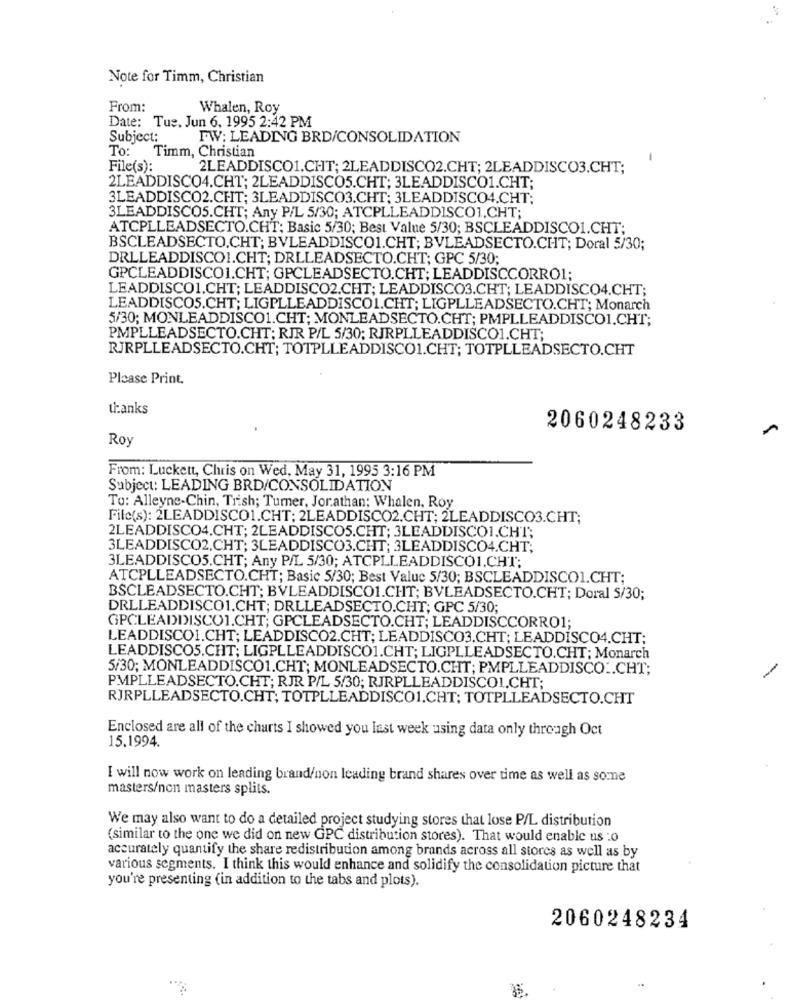
Note for Timm, Christian
From:
Whalen, Roy
Date: Tue. Jun 6, 1995 2:42 PM
Subject:
FW: LEADING BRD/CONSOLIDATION
To
Timm, Christian
-
File(s):
2LEADDISCO1.CHT; 2LEADDISCO2.CHT; 2LEADDISCO3.CHT;
2LEADDISCO4.CHT; 2LEADDISCO5.CHT; 3LEADDISCO1.CHT;
3LEADDISCO2.CHT; 3LEADDISCO3.CHT; 3LEADDISCO4.CHT;
3LEADDISCOS.CHT; Any P/L 5/30; ATCPLLEADDISCO1.CHT;
ATCPLLEADSECTO.CHT; Basic 5/30; Best Value 5/30; BSCLEADDISCO1.CHT;
BSCLEADSECTO.CHT; BVLEADDISCO1.CHT; BVLEADSECTO.CHT; Doral 5/30;
DRLLEADDISCO1.CHT; DRLLEADSECTO.CHT; GPC 5/30;
GPCLEADDISCO1.CHT; GPCLEADSECTO.CHT; LEADDISCCORRO1;
LEADDISCO1.CHT; LEADDISCO2.CHT; LEADDISCO3.CHT; LEADDISCO4.CHT;
LEADDISCOS.CHT; LIGPLLEADDISCO1.CHT; LIGPLLEADSECTO.CHT; Monarch
5/30; MONLEADDISCO1.CHT; MONLEADSECTO.CHT; PMPLLEADDISCO1.CHT;
PMPLLEADSECTO.CHT; RJR P/L 5/30; RJRPLLEADDISCO1.CHT;
RJRPLLEADSECTO.CHT; TOTPLLEADDISCO1.CHT; TOTPLLEADSECTO.CHT
Please Print.
thanks
2060248233
Roy
From: Luckett, Chris on Wed, May 31, 1995 3:16 PM
Subject: LEADING BRD/CONSOLIDATION
To: Alleyne-Chin, Trish; Turner, Jor.athan; Whalen. Roy
File(s): 2LEADDISCO1.CHT; 2LEADDISCO2.CHT; 2LEADDISCO3.CHT;
2LEADDISCO4.CHT; 2LEADDISCOS.CHT; 3LEADDISCOI.CHT;
3LEADDISCO2,CHT; 3LEADDISCO3.CHT; 3LEADDISCO4.CHT;
3LEADDISCOS.CHT; Any P/L 5/30; ATCPLLEADDISCO1.CHT;
ATCPLLEADSECTO.CHT; Basic 5/30; Best Value 5/30; BSCLEADDISCO1.CHT;
BSCLEADSECTO.CHT; BVLEADDISCO1.CHT; BVLEADSECTO.CHT; Doral 5/30;
DRLLEADDISCO1.CHT; DRLLEADSECTO.CHT; GPC 5/30;
GPCLEADDISCO1.CHT; GPCLEADSECTO.CHT; LEADDISCCORRO1;
LEADDISCO1.CHT; LEADDISCO2.CHT; LEADDISCO3.CHT; LEADDISCO4.CHT;
LEADDISCO5.CHT; LIGPLLEADDISCO1.CHT; LIGPLLEADSECTO.CHT; Monarch
5/30; MONLEADDISCO1.CHT; MONLEADSECTO.CHT; PMPLLEADDISCO .. CHT;
PMPLLEADSECTO.CHT; RJR P/L 5/30; RJRPLLEADDISCO1.CHT;
RJRPLLEADSECTO.CHT; TOTPLLEADDISCO1.CHT; TOTPLLEADSECTO.CHT
Enclosed are all of the charts I showed you last week using data only through Oct
15.1994.
I will now work on leading brand/non leading brand shares over time as well as some
masters/non masters splits.
We may also want to do a detailed project studying stores that lose P/L distribution
(similar to the one we did on new GPC distribution stores). That would enable us :o
accurately quantify the share redistribution among brands across all stores as well as by
various segments. I think this would enhance and solidify the consolidation picture that
you're presenting (in addition to the tabs and plots).
2060248234
...